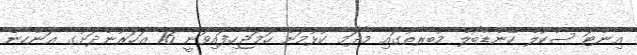
އިންޓަ ސްކޫލް ހޭންޑްބޯލް މުބާރާތުގައި މާދަމާ ކުޅުމަށް ހަމަޖެހިފައިވަނީ 16 އަހަރުންދަށުގެ އަންހެން